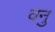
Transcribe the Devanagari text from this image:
वनु